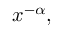
x ^ { - \alpha } ,